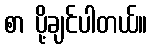
စာ ပို့ချင်ပါတယ်။